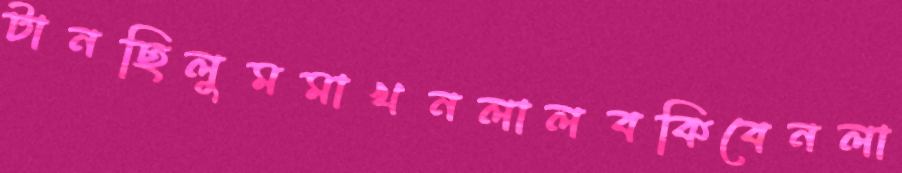
টানছিলুমমাখনলালবকিবেনলা